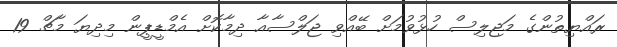
ރައްޔިތުންގެ މަޖިލިސް ހުޅުވުމަށް ބޭއްވި ޖަލްސާއާ ދިމާކޮށް އެމްޑީޕީން މިދިޔަ މާޗް 19